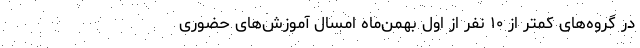
در گروه‌های کمتر از ۱۰ نفر از اول بهمن‌ماه امسال آموزش‌های حضوری